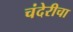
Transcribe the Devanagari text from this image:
चंदेरीचा